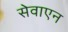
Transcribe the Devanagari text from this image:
सेवाएन